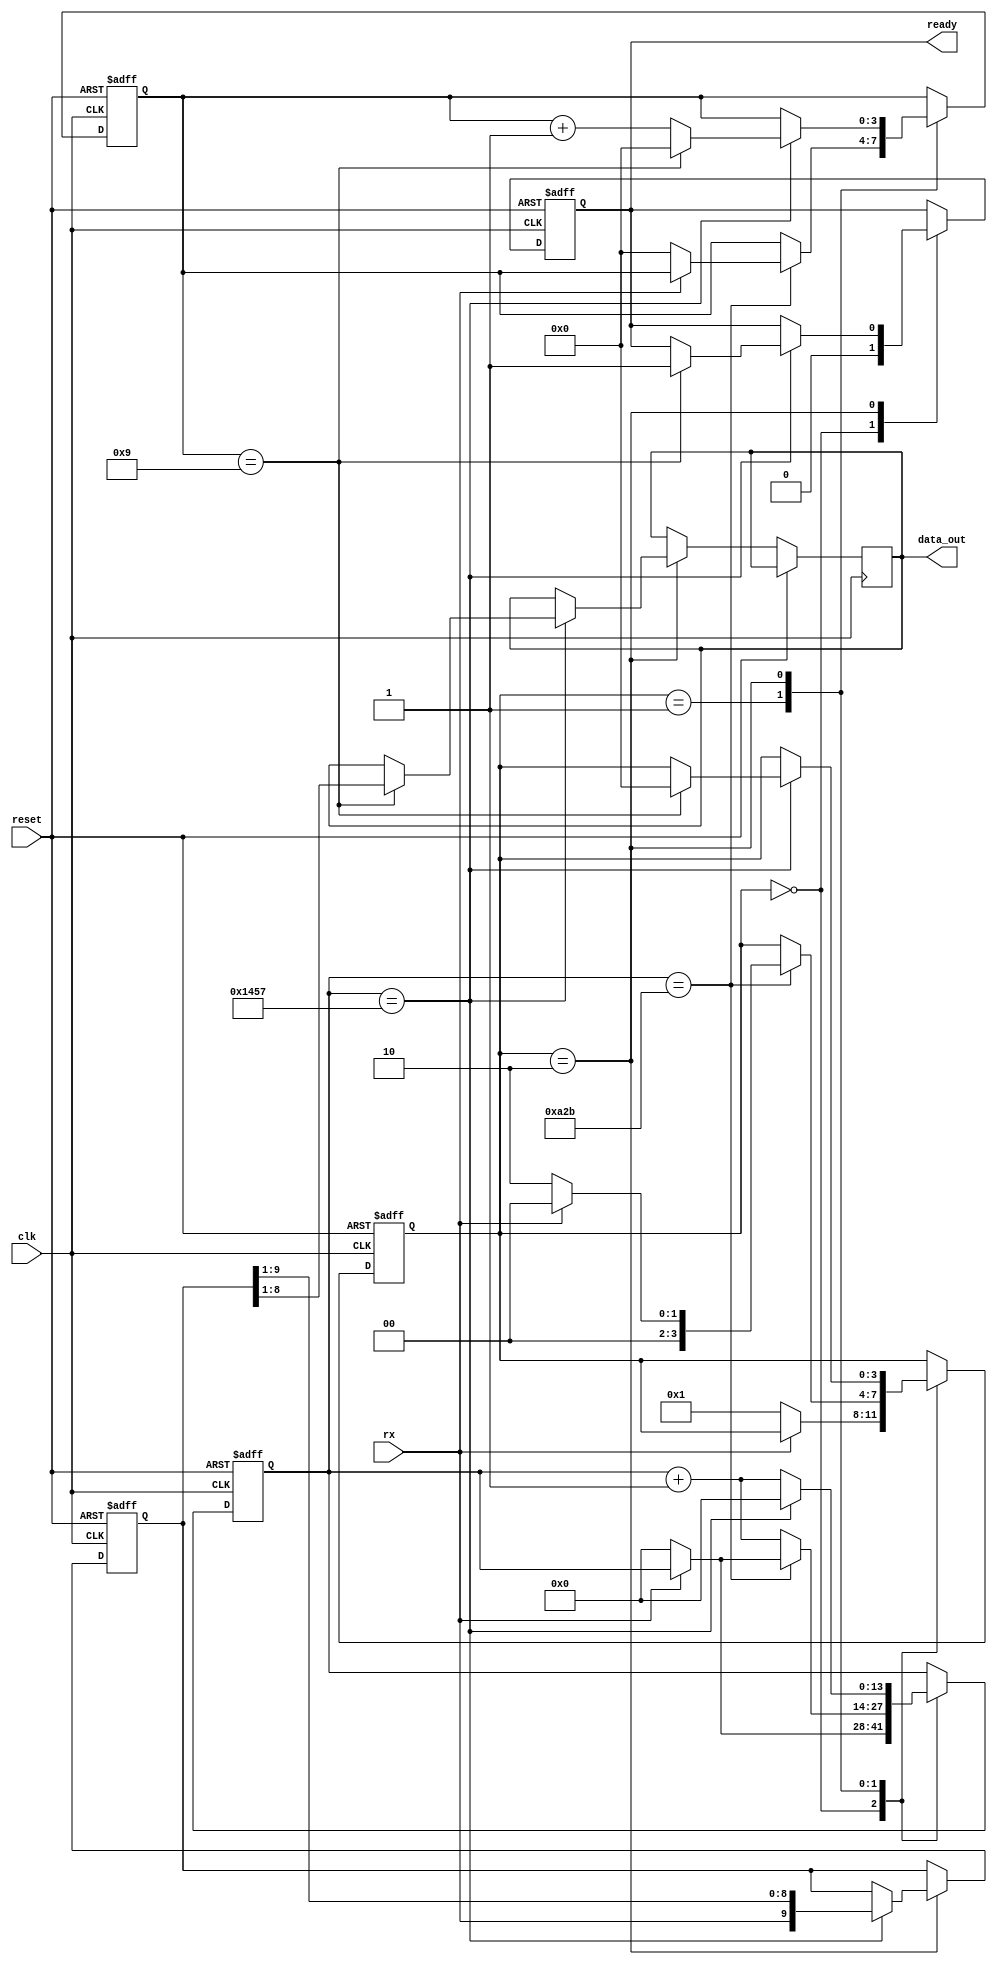
module UART_RX (
    input wire clk,
    input wire reset,
    input wire rx,
    output reg [7:0] data_out,
    output reg ready
);
    parameter CLK_FREQ = 50000000;  // 50 MHz
    parameter BAUD_RATE = 9600;
    localparam BIT_PERIOD = CLK_FREQ / BAUD_RATE;

    reg [3:0] state;
    reg [13:0] bit_timer;
    reg [3:0] bit_count;
    reg [9:0] shift_reg;

    always @(posedge clk or posedge reset) begin
        if (reset) begin
            state <= 0;
            bit_timer <= 0;
            bit_count <= 0;
            shift_reg <= 10'b1111111111;
            ready <= 1'b0;
        end else begin
            case (state)
                0: begin  // Idle state
                    if (!rx) begin  // Start bit detected
                        state <= 1;
                        bit_timer <= 0;
                    end
                    ready <= 1'b0;
                end
                1: begin  // Start bit verification
                    if (bit_timer == (BIT_PERIOD / 2) - 1) begin
                        if (!rx) begin  // Start bit still valid
                            state <= 2;
                            bit_timer <= 0;
                            bit_count <= 0;
                        end else begin  // False start bit, go back to idle
                            state <= 0;
                        end
                    end else begin
                        bit_timer <= bit_timer + 1;
                    end
                end
                2: begin  // Receiving bits
                    if (bit_timer == BIT_PERIOD - 1) begin
                        bit_timer <= 0;
                        shift_reg <= {rx, shift_reg[9:1]};
                        if (bit_count == 9) begin
                            state <= 0;
                            bit_count <= 0;
                            data_out <= shift_reg[8:1];  // Extract data bits
                            ready <= 1'b1;
                        end else begin
                            bit_count <= bit_count + 1;
                        end
                    end else begin
                        bit_timer <= bit_timer + 1;
                    end
                end
            endcase
        end
    end
endmodule